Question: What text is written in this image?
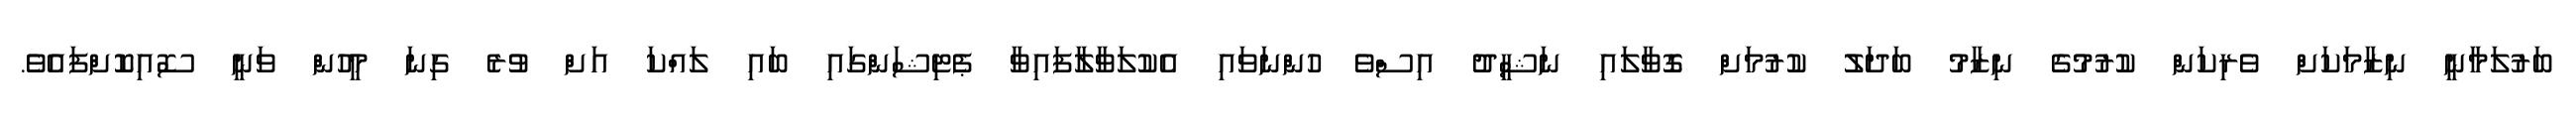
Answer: ބަރުލަމާނީ ނިޒާމަކަށް ވެރިކަން ކުރުމުގެ ނިޒާމު ބަދަލު ކުރުމަށް ގޮވާލައި ނަޝީދު އިސްވެ ހުންނަވައި އެކުލަވާލާފައިވާ ޕެޓިޝަންގައި ބައި ލައްކަ އަށް ވުރެ ގިނަ މީހުން ވަނީ ސޮއިކޮށްފައެވެ.